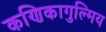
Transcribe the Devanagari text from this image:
कणिकागुल्मिय